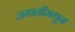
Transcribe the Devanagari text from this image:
जमातींमधून